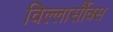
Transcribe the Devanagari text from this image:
विल्लार्सौक्स